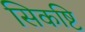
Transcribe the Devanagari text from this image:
सिकष्टि